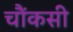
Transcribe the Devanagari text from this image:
चौंकसी